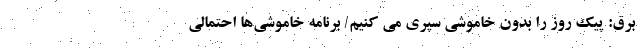
برق: پیک روز را بدون خاموشی سپری می کنیم/ برنامه خاموشی‌ها احتمالی